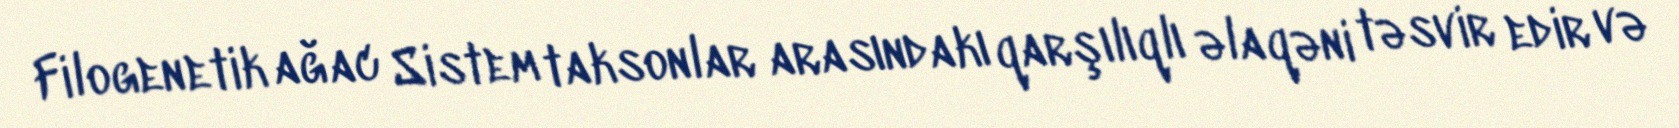
Filogenetik ağac Sistem taksonlar arasındakı qarşılıqlı əlaqəni təsvir edir və